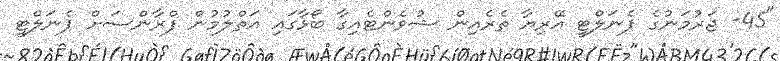
"45- ޖަރުމަނުގެ ޕެނަލްޓީ އޭރިޔާ ތެރެއިން ޝުވެންޓެއިގާ ބޯޅާގައި އަތްލުމުން ފްރާންސަށް ޕެނަލްޓީ